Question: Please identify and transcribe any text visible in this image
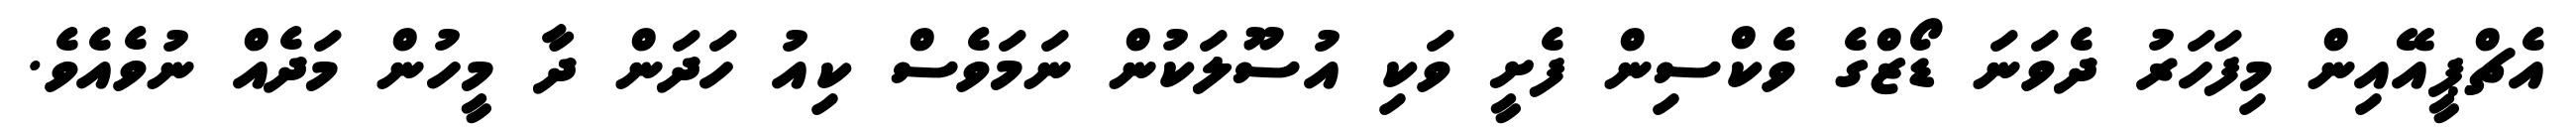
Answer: އެޗްޕީއޭއިން މިފަހަރު ދެވަނަ ޑޯޒްގެ ވެކްސިން ފެށީ ވަކި އުސޫލަކުން ނަމަވެސް ކިއު ހަދަން ދާ މީހުން މަދެއް ނުވެއެވެ.